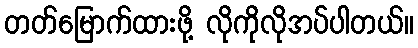
တတ်မြောက်ထားဖို့ လိုကိုလိုအပ်ပါတယ်။